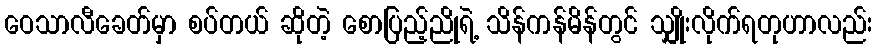
ဝေသာလီခေတ်မှာ စပ်တယ် ဆိုတဲ့ စောပြည့်ညိုရဲ့ သိန်ကန်မိန်တွင် သျှိုးလိုက်ရတုဟာလည်း